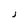
Character: J